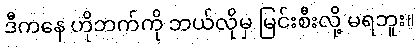
ဒီကနေ ဟိုဘက်ကို ဘယ်လိုမှ မြင်းစီးလို့ မရဘူး။